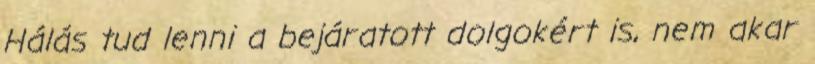
Hálás tud lenni a bejáratott dolgokért is, nem akar